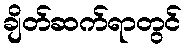
ချိတ်ဆက်ရာတွင်